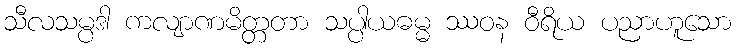
သီလသမ္ပဒါ ကလျာဏမိတ္တတာ သပ္ပါယဓမ္မ ဿဝန ဝီရိယ ပညာဟူသော